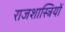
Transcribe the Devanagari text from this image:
राजशास्त्रियों